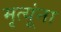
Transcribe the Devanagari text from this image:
मृत्यूंना